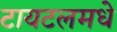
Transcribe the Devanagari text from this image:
टायटलमधे